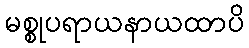
မစ္စုပရာယနာယထာပိ